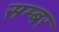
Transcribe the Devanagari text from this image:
सम्बर